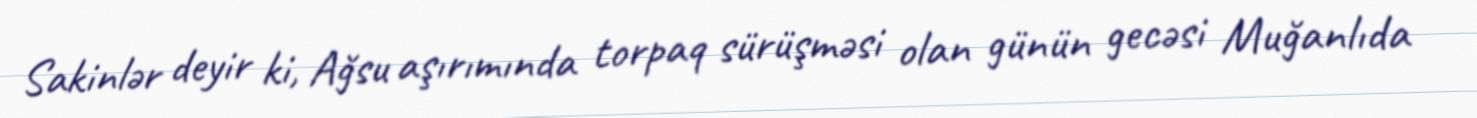
Sakinlər deyir ki, Ağsu aşırımında torpaq sürüşməsi olan günün gecəsi Muğanlıda